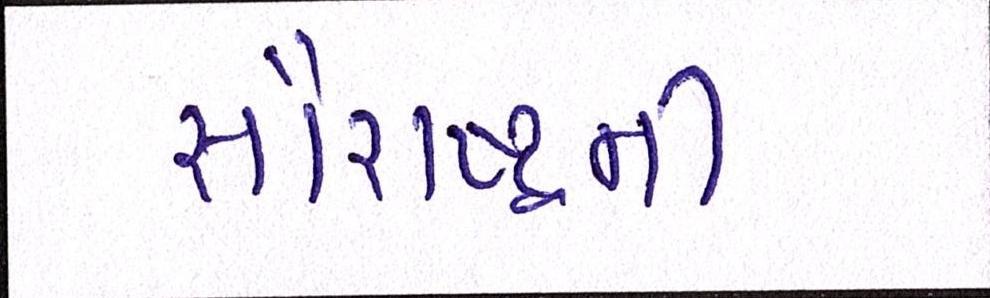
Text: સૌરાષ્ટ્રની